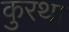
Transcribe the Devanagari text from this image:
कुरथा